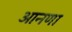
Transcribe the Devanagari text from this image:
आनणा